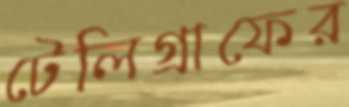
টেলিগ্রাফের